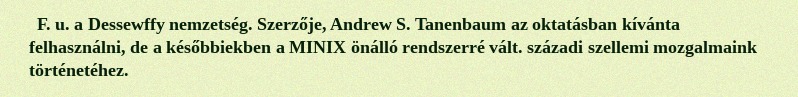
F. u. a Dessewffy nemzetség. Szerzője, Andrew S. Tanenbaum az oktatásban kívánta felhasználni, de a későbbiekben a MINIX önálló rendszerré vált. századi szellemi mozgalmaink történetéhez.